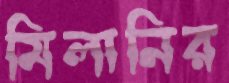
মিলানির